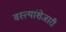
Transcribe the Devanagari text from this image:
वस्त्यांशेजारी